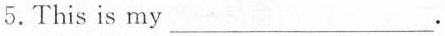
5. This is my ___.